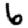
Digit: 6